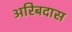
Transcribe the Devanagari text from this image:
अरिबदास